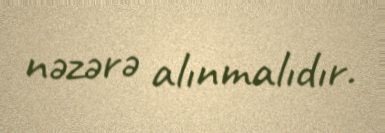
nəzərə alınmalıdır.